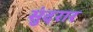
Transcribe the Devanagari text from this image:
सुंदरार